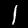
Digit: 1